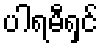
ပါရမီရှင်